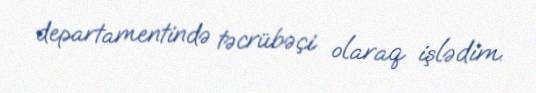
departamentində təcrübəçi olaraq işlədim.